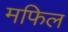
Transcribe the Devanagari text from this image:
मफिल